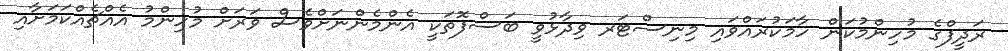
ރަދީފްގެ މުހިންމުކަން ހާމަކުރައްވައި މިނިސްޓަރ ވިދާޅުވީ ބަސްފޮތަކީ އެންމެންނަށްވެސް ވަރަށް މުހިންމު އެއްޗެއްކަމަށާއި